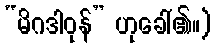
“မိဂဒါဝုန်” ဟုခေါ်၏။)